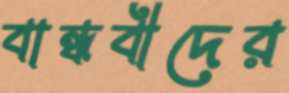
বান্ধবীদের